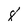
Character: 8